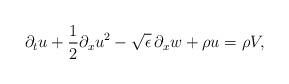
LaTeX: \begin{align*}\partial_t u + \frac{1}{2}\partial_x u^2 - \sqrt{\epsilon}\,\partial_x w + \rho u = \rho V,\end{align*}